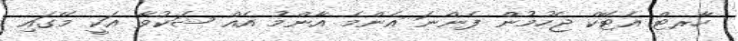
ހާރޓް އެޓޭކް ޖެހުމުން ފެންނަ އެންމެ އާންމު އެއް ޝަކުވާ އަކީ މޭގައި